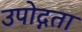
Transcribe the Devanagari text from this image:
उपोद्गता